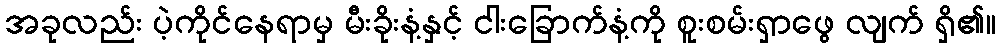
အခုလည်း ပဲ့ကိုင်နေရာမှ မီးခိုးနံ့နှင့် ငါးခြောက်နံ့ကို စူးစမ်းရှာဖွေ လျက် ရှိ၏။